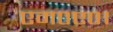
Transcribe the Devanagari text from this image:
एम०ए०।